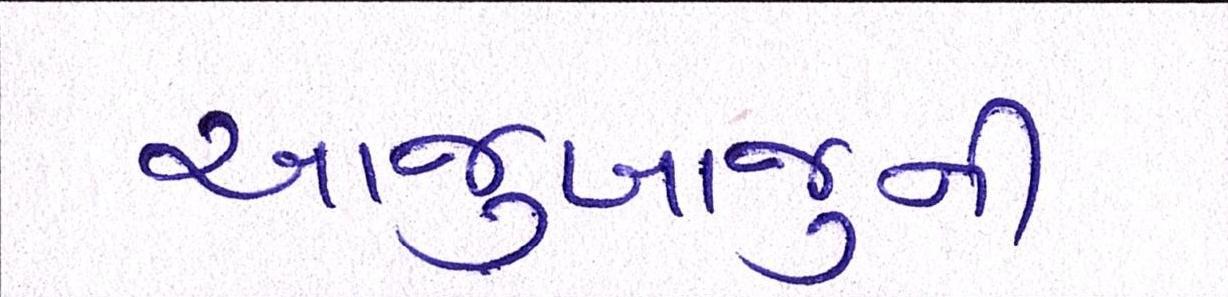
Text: આજુબાજુની